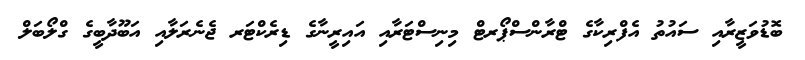
ބޮޑުވަޒީރާއި ސައުތު އެފްރިކާގެ ޓްރާންސްޕޯރޓް މިނިސްޓަރާއި އައިރީނާގެ ޑިރެކްޓަރ ޖެނެރަލާއި އަބޫދާބީގެ ގްލޯބަލް